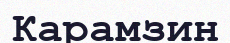
Карамзин